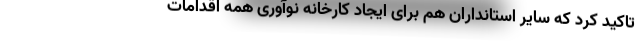
تاکید کرد که سایر استانداران هم برای ایجاد کارخانه نوآوری همه اقدامات